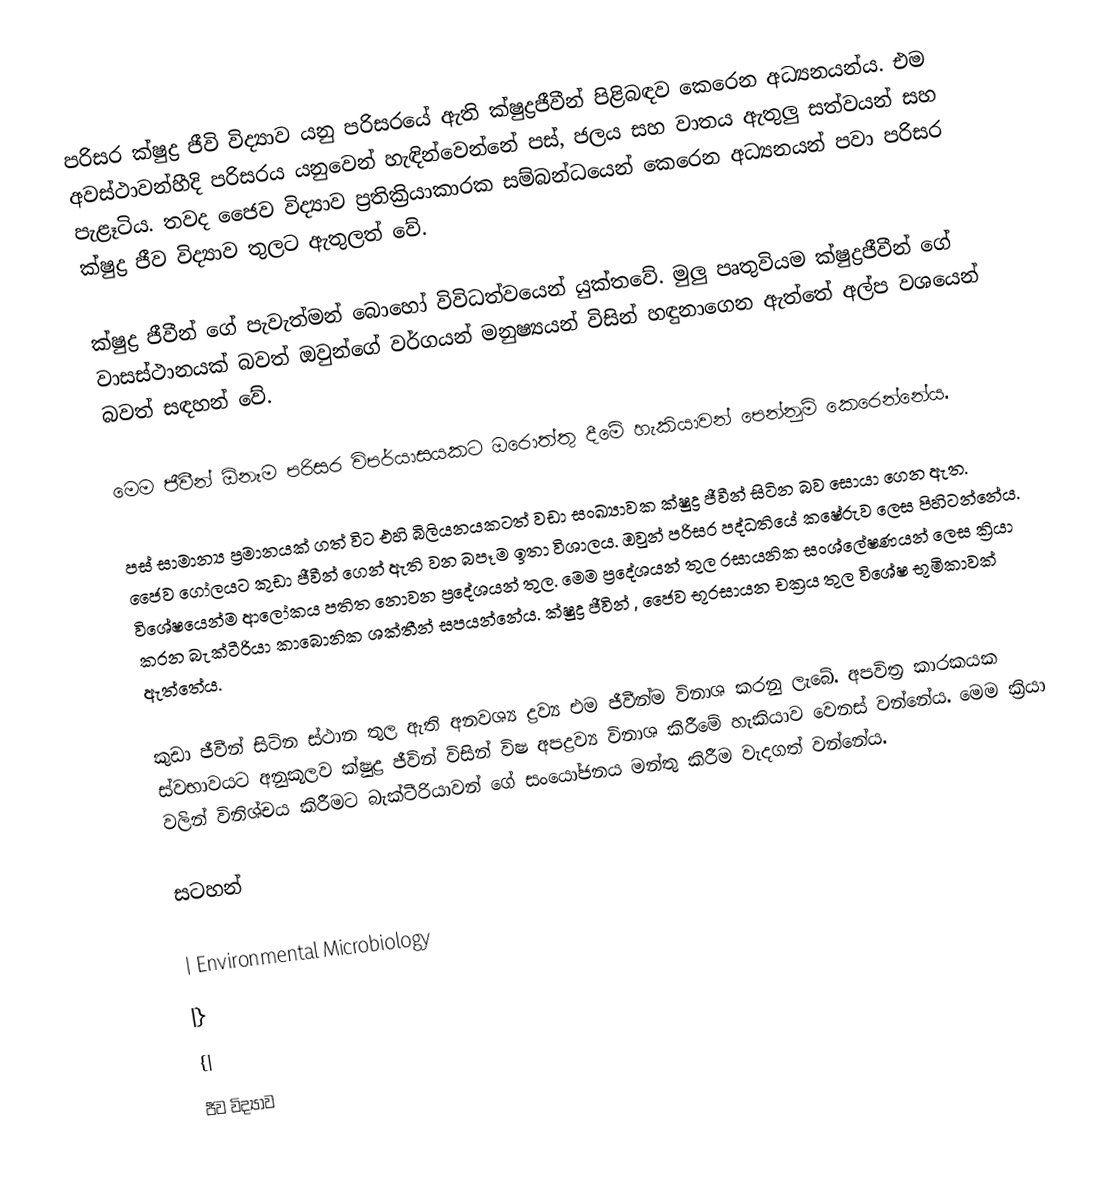
පරිසර ක්ෂුද්‍ර ජීවි විද්‍යාව යනු පරිසරයේ ඇති ක්ෂුද්‍රජීවීන් පිළිබඳව කෙරෙන අධ්‍යනයන්ය. එම අවස්ථාවන්හීදි පරිසරය යනුවෙන් හැඳින්වෙන්නේ පස්‚ ජලය සහ වාතය ඇතුලු සත්වයන් සහ පැළෑටිය. තවද ජෛව විද්‍යාව ප්‍රතික්‍රියාකාරක සම්බන්ධයෙන් කෙරෙන අධ්‍යනයන් පවා පරිසර ක්ෂුද්‍ර ජීව විද්‍යාව තුලට ඇතුලත් වේ.

ක්ෂුද්‍ර ජීවීන් ගේ පැවැත්මන් බොහෝ විවිධත්වයෙන් යුක්තවේ. මුලු පෘතුවියම ක්ෂුද්‍රජීවීන් ගේ වාසස්ථානයක් බවත් ඔවුන්ගේ වර්ගයන් මනුෂ්‍යයන් විසින් හඳුනාගෙන ඇත්තේ අල්ප වශයෙන් බවත් සඳහන් වේ.

මෙම ජීවීන් ඕනෑම පරිසර විපර්යාසයකට ඔරොත්තු දීමේ හැකියාවන් පෙන්නුම් කෙරෙන්නේය.

පස් සාමාන්‍ය ප්‍රමානයක් ගත් විට එහි බිලියනයකටත් වඩා සංඛ්‍යාවක ක්ෂුද්‍ර ජීවීන් සිටින බව සොයා ගෙන ඇත. ජෛව ගෝලයට කුඩා ජීවීන් ගෙන් ඇති වන බපෑම ඉතා විශාලය. ඔවුන් පරිසර පද්ධතියේ කෂේරුව ලෙස පිහිටන්නේය. විශේෂයෙන්ම ආලෝකය පතිත නොවන ප්‍රදේශයන් තුල.  මෙම ප්‍රදේශයන් තුල රසායනික සංශ්ලේෂණයන් ලෙස ක්‍රියා කරන බැක්ටීරියා කාබොනික ශක්තීන් සපයන්නේය. ක්ෂුද්‍ර ජීවින් , ජෛව භූරසායන චක්‍රය තුල විශේෂ භූමිකාවක් ඇත්තේය.

කුඩා ජීවීන් සිටින ස්ථාන තුල ඇති අනවශ්‍ය ද්‍රව්‍ය එම ජීවීන්ම විනාශ කරනු ලැබේ. අපවිත්‍ර කාරකයක ස්වභාවයට අනුකූලව ක්ෂුද්‍ර ජීවින් විසින් විෂ අපද්‍රව්‍ය විනාශ කිරීමේ හැකියාව වෙනස් වන්නේය. මෙම ක්‍රියා වලින් විනිශ්චය කිරීමට බැක්ටීරියාවන් ගේ සංයෝජනය මන්තු කිරීම වැදගත් වන්නේය.

සටහන්

| Environmental Microbiology
|}
{|
ජීව විද්‍යාව